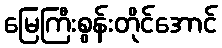
မြေကြီးစွန်းတိုင်အောင်